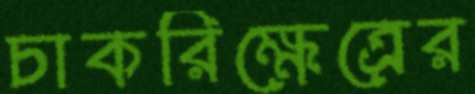
চাকরিক্ষেত্রের